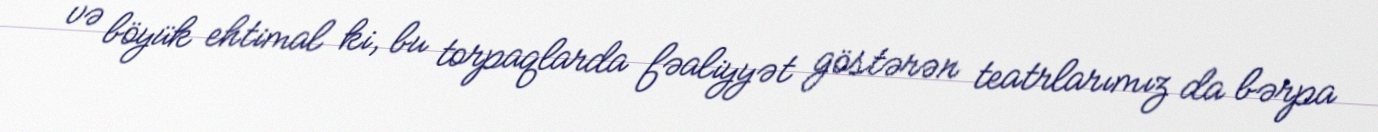
və böyük ehtimal ki, bu torpaqlarda fəaliyyət göstərən teatrlarımız da bərpa